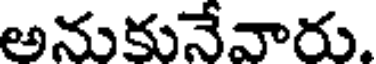
అనుకునేవారు.